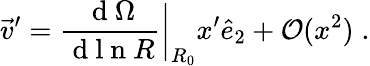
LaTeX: \vec{v}^{\prime}=\frac{\mathrm{~d~}{\Omega}}{\mathrm{~d~l~n~}R}\bigg|_{R_{0}}x^{\prime}\hat{e}_{2}+{\mathcal O}(x^{2})\; .